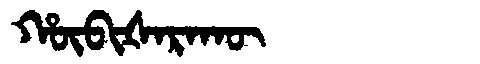
Manchu: ᡥᡡᠪᡳᡧᠠᡵᠠᡴᡡ
Romanization: HŪBIŠARAKŪ